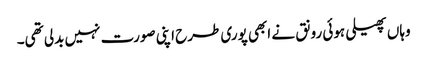
وہاں پھیلی ہوئی رونق نے ابھی پوری طرح اپنی صورت نہیں بدلی تھی۔